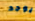
يوجد